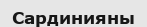
Сардинияны